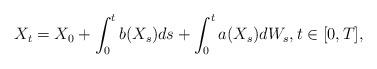
LaTeX: \begin{align*}X_t= X_0 + \int_0^t b( X_s)ds + \int_0^t a(X_s)dW_s, t \in [0,T], \end{align*}